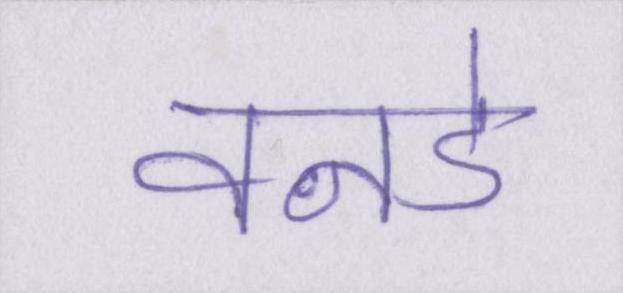
वनडे